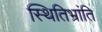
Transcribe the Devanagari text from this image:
स्थितिभ्रांति